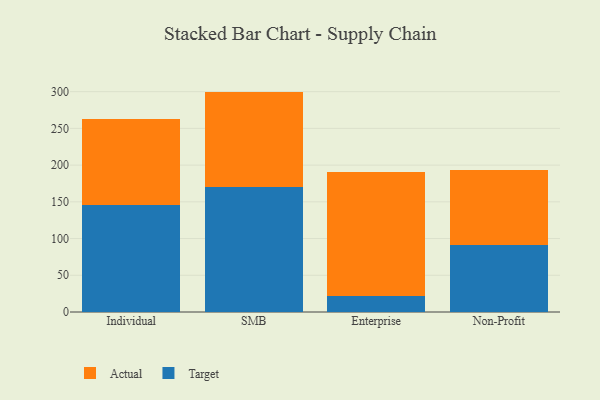
{"axis": {"x": "Segment", "y": "LTV (USD)"}, "legend": ["Actual", "Target"], "data": [{"x": "Individual", "y": 145.3, "type": "Target"}, {"x": "Individual", "y": 117.5, "type": "Actual"}, {"x": "SMB", "y": 169.6, "type": "Target"}, {"x": "SMB", "y": 130.5, "type": "Actual"}, {"x": "Enterprise", "y": 22.4, "type": "Target"}, {"x": "Enterprise", "y": 168.1, "type": "Actual"}, {"x": "Non-Profit", "y": 90.8, "type": "Target"}, {"x": "Non-Profit", "y": 102.0, "type": "Actual"}]}